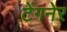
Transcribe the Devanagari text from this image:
टेंगनेर